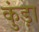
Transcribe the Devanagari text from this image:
कुंड़ा